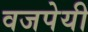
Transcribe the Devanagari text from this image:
वजपेयी